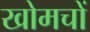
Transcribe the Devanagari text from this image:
खोमचों